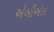
એબીએલ